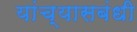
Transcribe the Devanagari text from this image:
यांच्यासबंधी